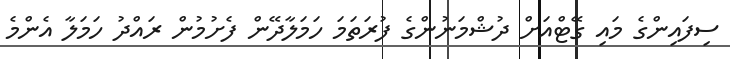
ސިފައިންގެ މައި ގޭޓްއަށް ދުޝްމަނުންގެ ފުރަތަމަ ހަމަލާދޭން ފެށުމުން ރައްދު ހަމަލާ އެންމެ